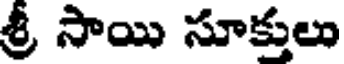
శ్రీ సాయి సూక్తులు